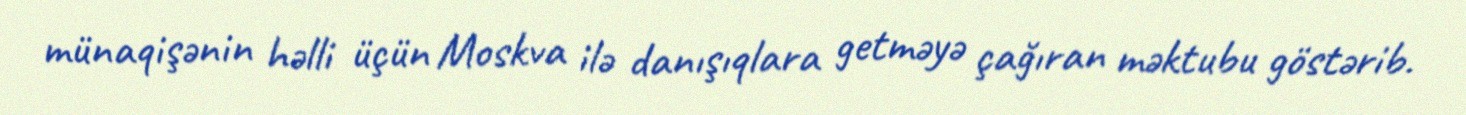
münaqişənin həlli üçün Moskva ilə danışıqlara getməyə çağıran məktubu göstərib.